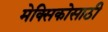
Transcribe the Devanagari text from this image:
मेक्सिकोसाठी